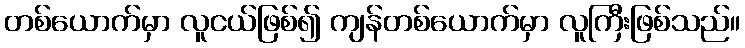
တစ်ယောက်မှာ လူငယ်ဖြစ်၍ ကျန်တစ်ယောက်မှာ လူကြီးဖြစ်သည်။